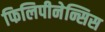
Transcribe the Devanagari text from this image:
फिलिपीनेन्सिस